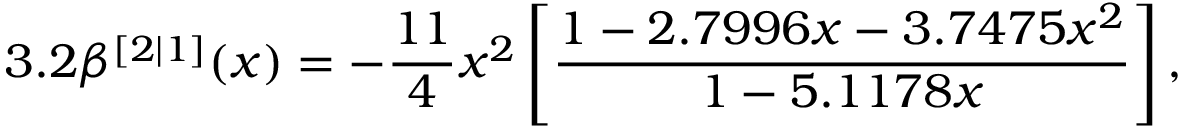
3 . 2 \beta ^ { [ 2 | 1 ] } ( x ) = - \frac { 1 1 } { 4 } x ^ { 2 } \left[ \frac { 1 - 2 . 7 9 9 6 x - 3 . 7 4 7 5 x ^ { 2 } } { 1 - 5 . 1 1 7 8 x } \right] ,